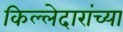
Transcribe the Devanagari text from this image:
किल्लेदारांच्या